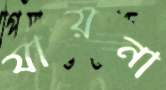
যায়না